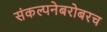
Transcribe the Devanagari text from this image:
संकल्पनेबरोबरच